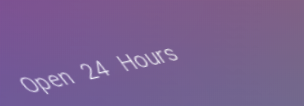
Open 24 Hours